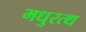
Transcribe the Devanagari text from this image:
मधुरत्थ